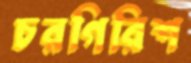
চরগিরিশ